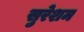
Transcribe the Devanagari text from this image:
सुरेशम